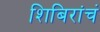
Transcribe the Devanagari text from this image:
शिबिरांचं